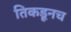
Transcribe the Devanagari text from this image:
तिकडूनच